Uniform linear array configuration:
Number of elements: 8
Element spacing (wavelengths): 0.5
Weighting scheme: hamming
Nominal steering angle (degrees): -30
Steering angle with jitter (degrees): -31.95
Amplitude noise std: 0.05
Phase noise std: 0.05

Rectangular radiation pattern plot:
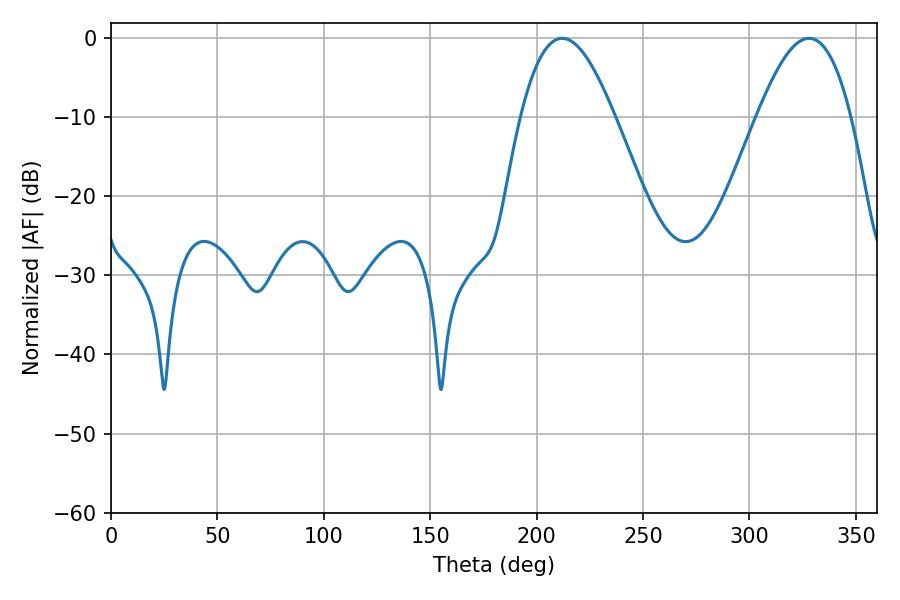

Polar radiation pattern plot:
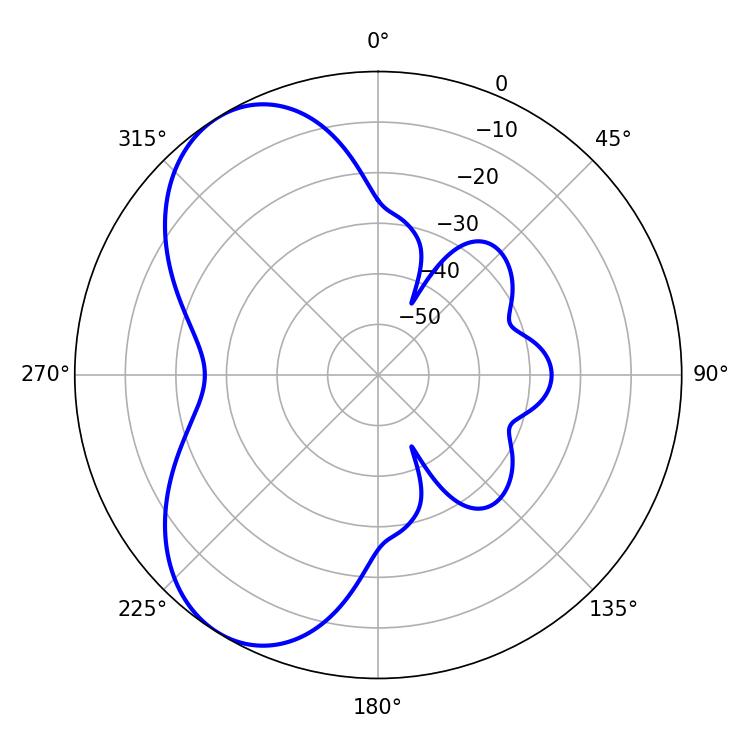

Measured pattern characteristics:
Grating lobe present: FALSE
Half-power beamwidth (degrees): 24.12
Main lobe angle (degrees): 212.04